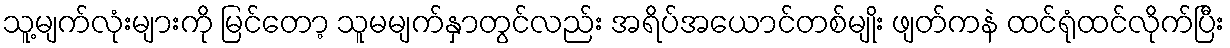
သူ့မျက်လုံးများကို မြင်တော့ သူမမျက်နှာတွင်လည်း အရိပ်အယောင်တစ်မျိုး ဖျတ်ကနဲ ထင်ရုံထင်လိုက်ပြီး